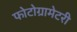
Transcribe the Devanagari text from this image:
फोटोग्रामेटरी